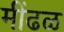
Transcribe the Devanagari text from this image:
मींढळ